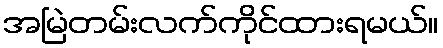
အမြဲတမ်းလက်ကိုင်ထားရမယ်။